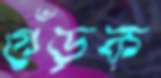
গুঁড়ক